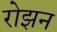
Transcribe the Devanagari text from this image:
रोझन